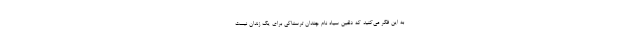
به این فکر می‌کنید که دلفین سیاه نام چندان ترسناکی برای یک زندان نیست